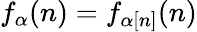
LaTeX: f_{\alpha}(n)=f_{\alpha[n]}(n)